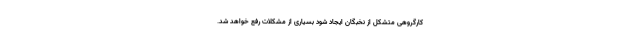
کارگروهی متشکل از نخبگان ایجاد شود بسیاری از مشکلات رفع خواهد شد.